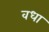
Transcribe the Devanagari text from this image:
वधा